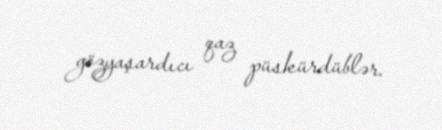
gözyaşardıcı qaz püskürdüblər.